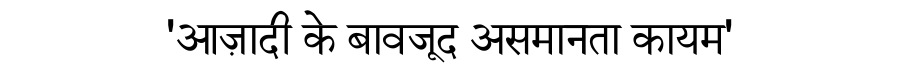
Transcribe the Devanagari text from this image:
'आज़ादी के बावजूद असमानता कायम'